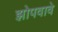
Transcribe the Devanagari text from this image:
झोपवावे